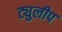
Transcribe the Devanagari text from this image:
ट्युलीप